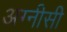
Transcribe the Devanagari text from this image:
अग्नीसी